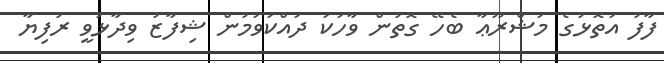
ފާފު އަތޮޅުގެ މަޝްރޫޢާ ބެހޭ ގޮތުން ވާހަކަ ދައްކަވަމުން ޝިފާޒު ވިދާޅުވީ ރުފިޔާ